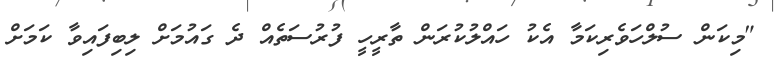
"މިކަން ސުލްހަވެރިކަމާ އެކު ހައްލުކުރަން ތާރީހީ ފުރުސަތެއް ދެ ގައުމަށް ލިބިފައިވާ ކަމަށް